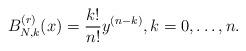
LaTeX: \begin{align*}B_{N,k}^{(r)}(x)=\frac{k!}{n!}y^{(n-k)}, k=0,\ldots,n.\end{align*}